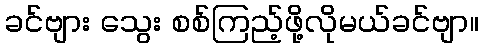
ခင်ဗျား သွေး စစ်ကြည့်ဖို့လိုမယ်ခင်ဗျာ။